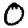
Digit: 0